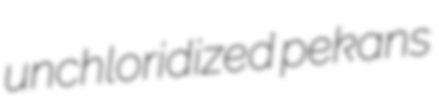
unchloridized pekans